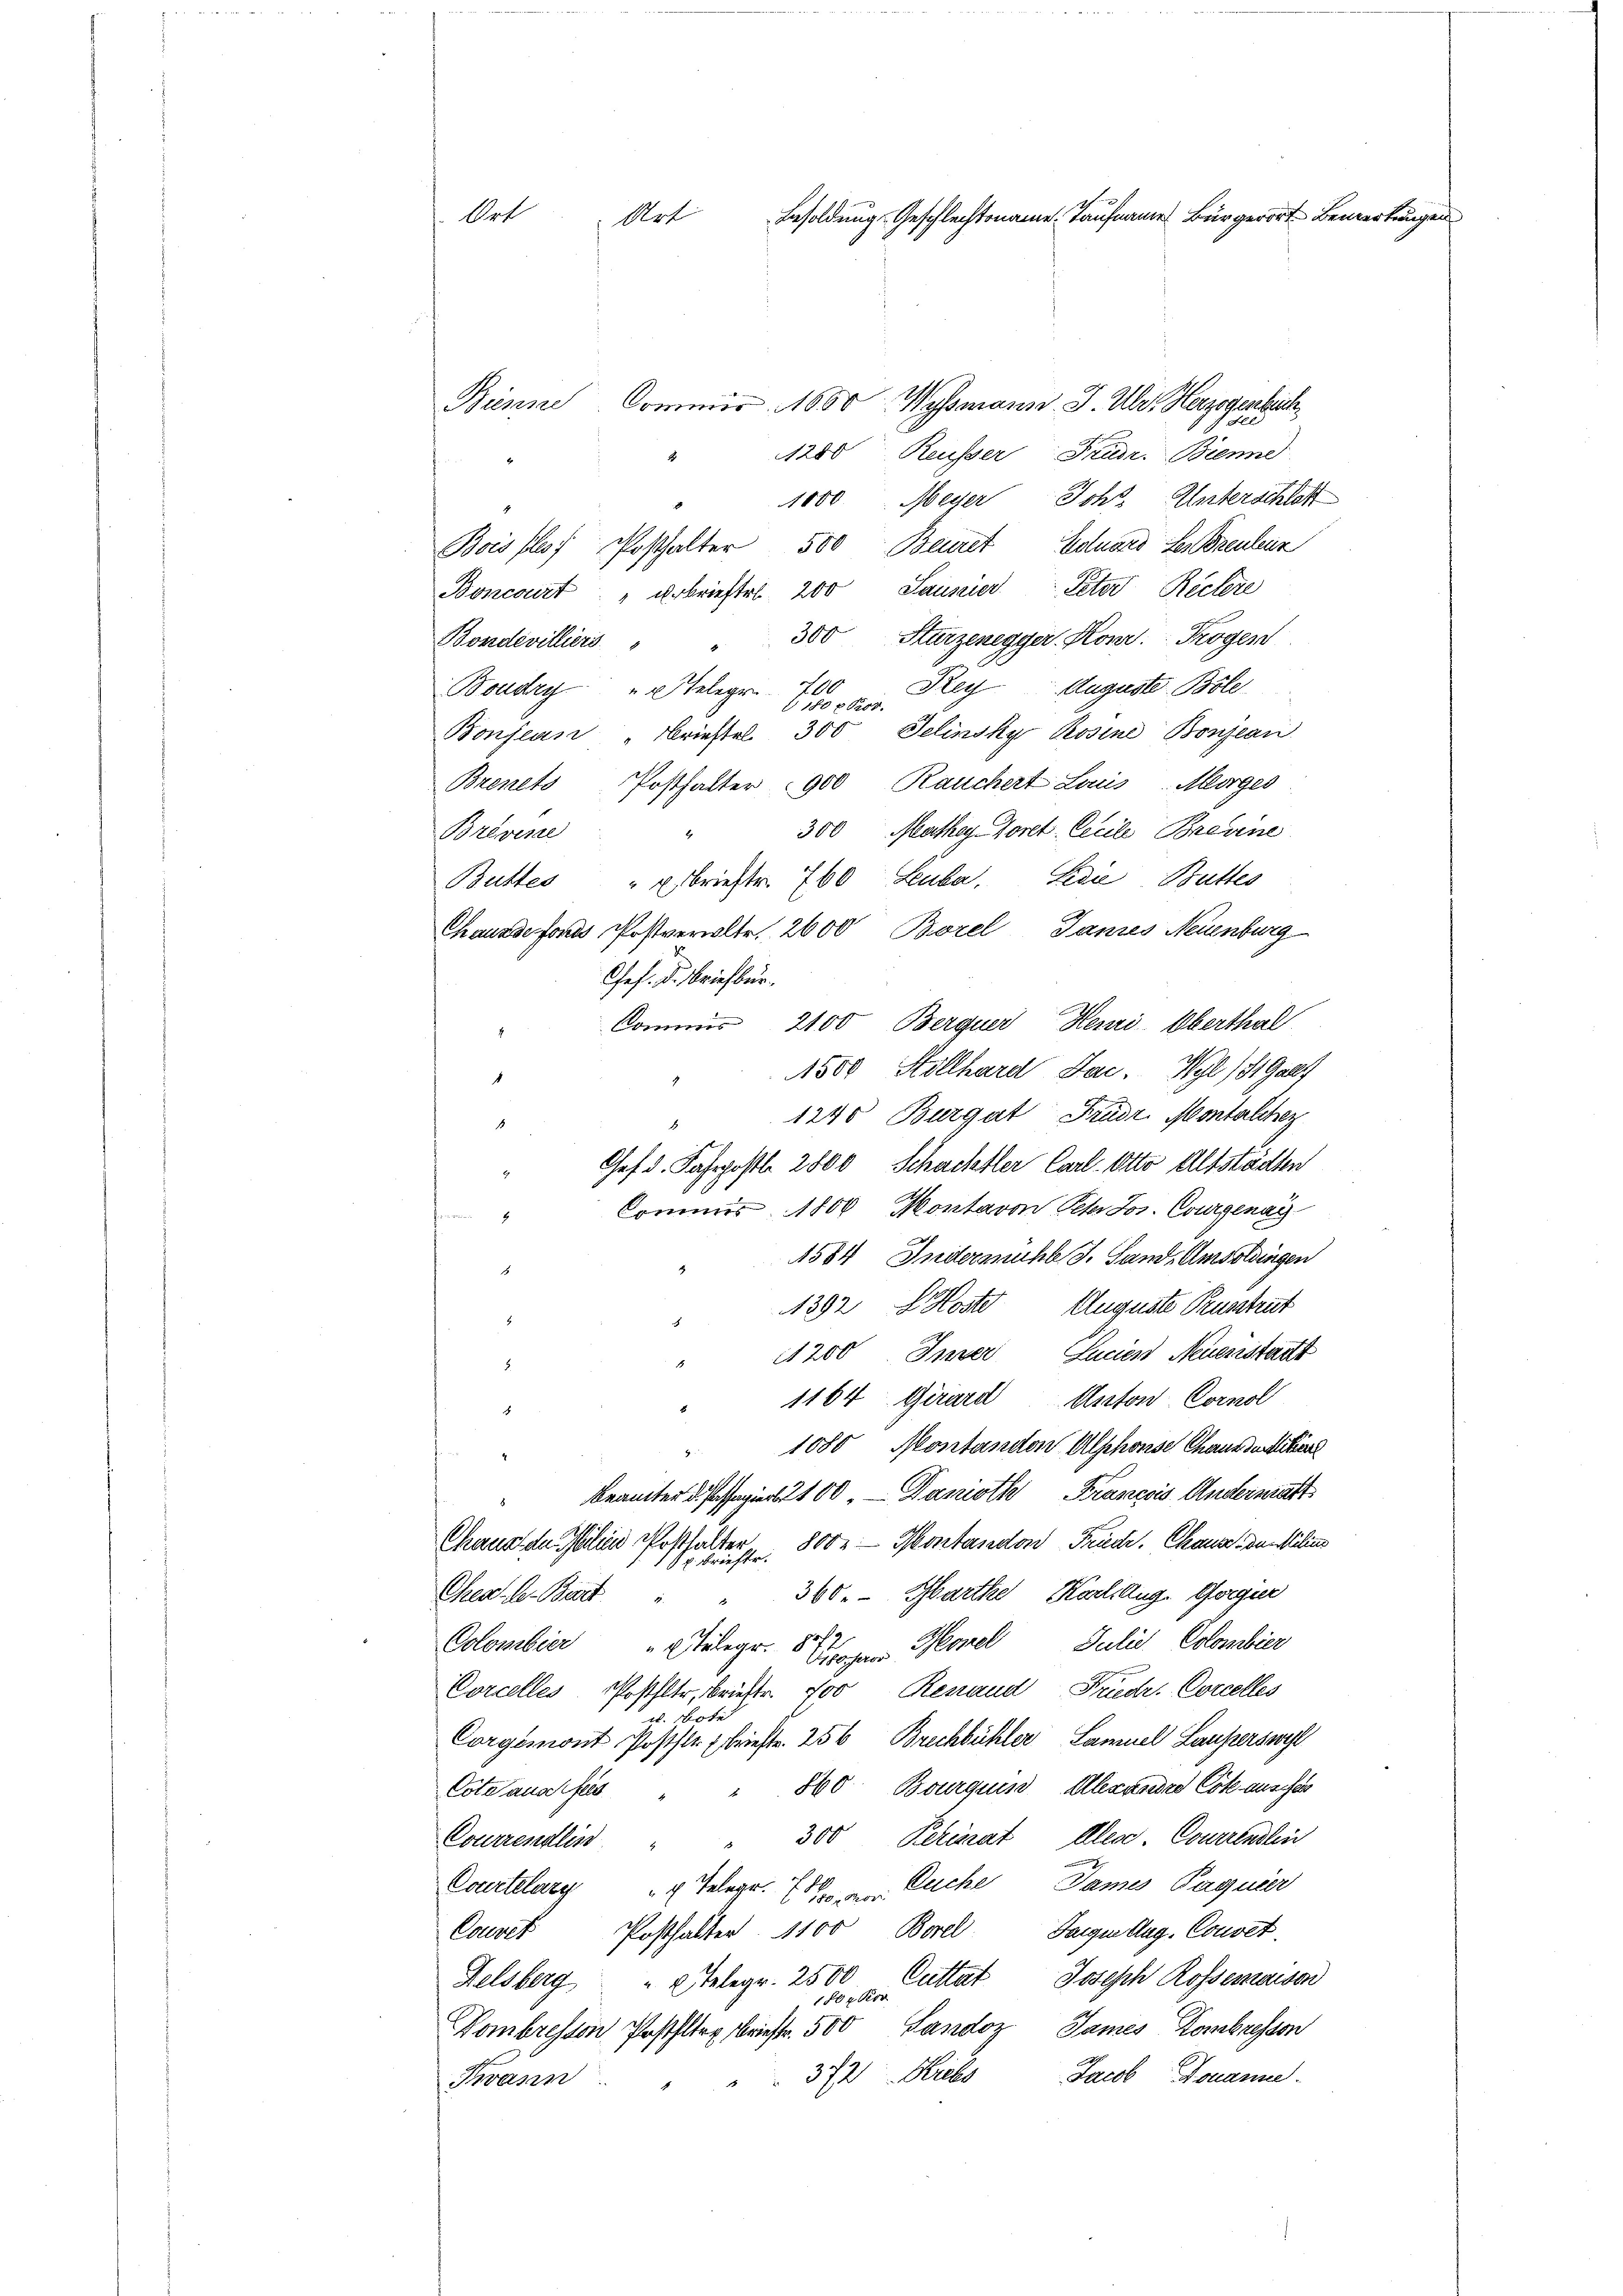
Bienne
Commir. 1600 Wyssmann. J. Ulr. Herzogenbuch
Ver
Reusser Trudr. Brenne
1280
1
1000 Meyer Johs. Unterschloß
Bois flof Posthalter 500 Beiret Eoluars des Breulenz
Boncourt "arbrieftet 200 Sausier Peter Rechere
300 Sturzenegger Konr. Trogen
Bondevilliers
Rey Auguste Bole
Boudry u. Telegr. 200
1780 x P00.
Selinsky Rosine Bonzean
Bonjean " Brieftel 300
Brents Posthalter 900, Rauchert Laus. Morges
300 Mathey Goret. Cecile Brevine
Brévene
Buttes " u. Brieftr. 760 Leuba, Linie, Butter
Chausse fonds Postverwaltr. 2600 Borel, Tannes Neuenburg
Gef. Dr. Briefbur
Commis 2100 Berquer Heinri-Oberthal
1500 Stollhard Jac. Wyl) St. Gal
1
1240 Burgat Frudr. Montalcher
.
1
Chef d. Fahrpostle 2800 Schachetler Carl. Otto Altstädten
Commis 1800 Montaron Peter Jos. Courgenai
2
1584 Indermahl J. Sand, Amsoldingen
.
1392 f. Kloste Auguste Ruschrit
.
1200 Inter Lucien Neuenstatt
A
5.
1164 Girard Anton Cornol
.
1080 Montandon Alphonse Chausseritier
4.
t
Beamter di Papiert 100. — Danieth François Andermatt
5
21.
Chaus de Palien Posthalter 800.— Montandon Friede Chause dem Miliens
x. briefte.
360. Marthe Kochaug. Gorgie
Chea. A. Bart
1
Morel Julis Colombier
Colombier "  Telegr.
Grosseror
Corcelles Posthltr, Brieftr. 700 Renaud Früder. Corcelles
u. Bote
Corgemont Posthle briestr. 256 Brechbühler Samuel Lauferswohl
Cotsausses " " 800 Bourquis, Alexandre Cotz ausschen
300 Periat Alex Courrenden
Courrenlis
Courtelary "  Telegr. Ernen Euche James Paguier
Couvet Posthalter. 1100 Borel Langen Aug. Couvet.
Felsberg  2 Telegr. 2500 Cuttat Joseph Rossensc
180x Kor
Vombreston Posthalten Brieftr. 500 Landoz James Kombnessen
37 Hiebes
Jacob Douane.
Twann

Ort
Besoldung Geschlechtsname Taufname Bürgerort Bemerkungen
Art